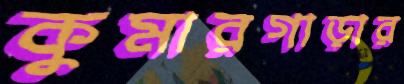
কুমারগাড়ার